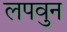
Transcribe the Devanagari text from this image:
लपवुन